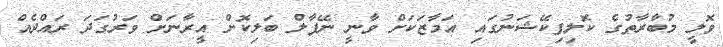
ވޮލީ މުބާރާތުގެ ކޮލިފިކޭޝަނުގައި އަމާޒަކަށް ވާނީ ނޭޕާލް ބަލިކޮށް އީރާނަށް ވަރުގަދަ ރައްދެއް